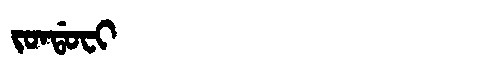
Manchu: ᠵᠣᠨᡩᠣᠸᡳ
Romanization: JONDOFI